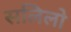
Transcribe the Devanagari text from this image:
सलिलो